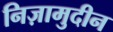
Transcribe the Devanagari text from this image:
निज़ामुदीन